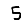
Digit: 5